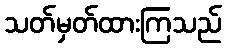
သတ်မှတ်ထားကြသည်